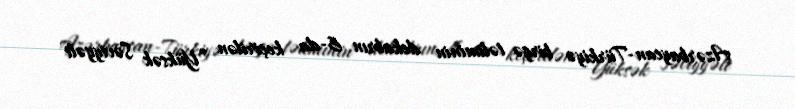
Azərbaycan-Türkiyə birgə təliminin dekabrın 6-da keçirilən “Yüksək Səviyyəli